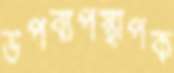
উপব্যপস্থাপক